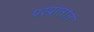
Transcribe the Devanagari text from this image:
परप्रांतांत